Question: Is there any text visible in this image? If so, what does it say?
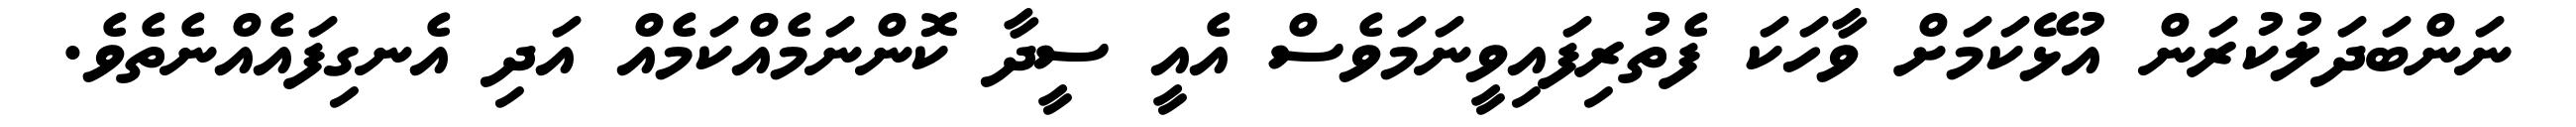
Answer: ނަންބަދަލުކުރަން އުޅޭކަމަށް ވާހަކަ ފެތުރިފައިވީނަމަވެސް އެއީ ސީދާ ކޮންނަމެއްކަމެއް އަދި އެނގިފައެއްނެތެވެ.